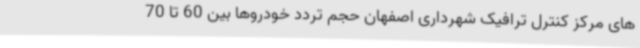
های مرکز کنترل ترافیک شهرداری اصفهان حجم تردد خودروها بین 60 تا 70